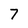
Character: 7